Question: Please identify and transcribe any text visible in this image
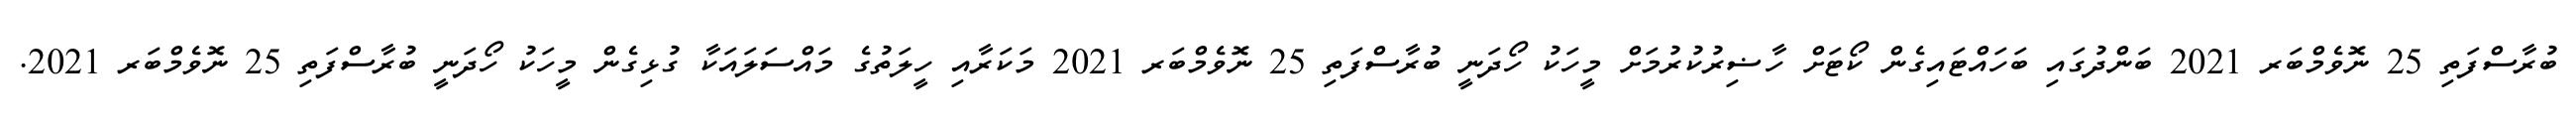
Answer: ބުރާސްފަތި 25 ނޮވެމްބަރ 2021 ބަންދުގައި ބަހައްޓައިގެން ކޯޓަށް ހާޟިރުކުރުމަށް މީހަކު ހޯދަނީ ބުރާސްފަތި 25 ނޮވެމްބަރ 2021 މަކަރާއި ހީލަތުގެ މައްސަލައަކާ ގުޅިގެން މީހަކު ހޯދަނީ ބުރާސްފަތި 25 ނޮވެމްބަރ 2021.